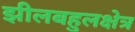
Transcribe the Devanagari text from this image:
झीलबहुलक्षेत्र